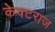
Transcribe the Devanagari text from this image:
केवटराज